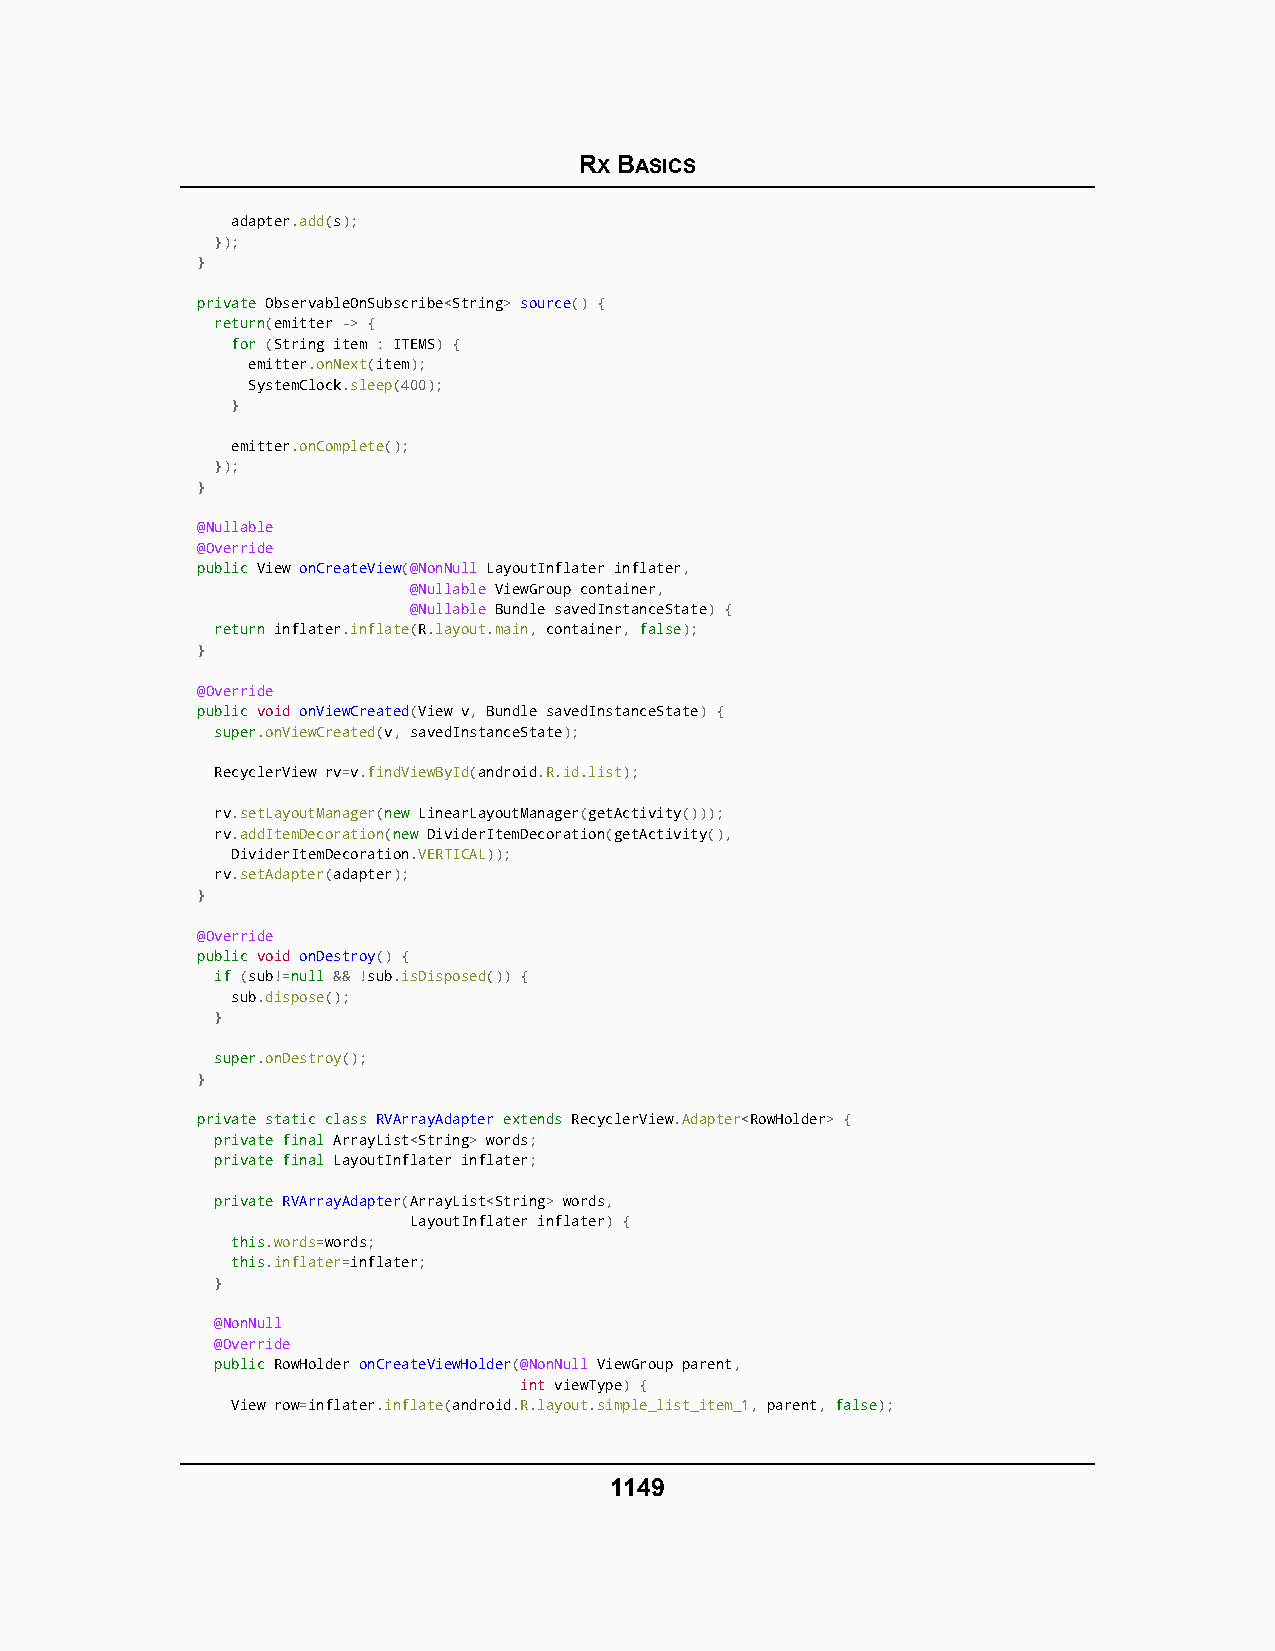
RX BASICS
 adapter.add(s);
 });
 }
 pprriivvaattee ObservableOnSubscribe<String> source() {
 rreettuurrnn(emitter -> {
 ffoorr (String item : ITEMS) {
 emitter.onNext(item);
 SystemClock.sleep(400);
 }
 emitter.onComplete();
 });
 }
 @Nullable
 @Override
 ppuubblliicc View onCreateView(@NonNull LayoutInflater inflater,
 @Nullable ViewGroup container,
 @Nullable Bundle savedInstanceState) {
 rreettuurrnn inflater.inflate(R.layout.main, container, ffaallssee);
 }
 @Override
 ppuubblliicc void onViewCreated(View v, Bundle savedInstanceState) {
 ssuuppeerr.onViewCreated(v, savedInstanceState);
 RecyclerView rv=v.findViewById(android.R.id.list);
 rv.setLayoutManager(nneeww LinearLayoutManager(getActivity()));
 rv.addItemDecoration(nneeww DividerItemDecoration(getActivity(),
 DividerItemDecoration.VERTICAL));
 rv.setAdapter(adapter);
 }
 @Override
 ppuubblliicc void onDestroy() {
 iiff (sub!=nnuullll && !sub.isDisposed()) {
 sub.dispose();
 }
 ssuuppeerr.onDestroy();
 }
 pprriivvaattee ssttaattiicc ccllaassss RRVVAArrrraayyAAddaapptteerr eexxtteennddss RecyclerView.Adapter<RowHolder> {
 pprriivvaattee ffiinnaall ArrayList<String> words;
 pprriivvaattee ffiinnaall LayoutInflater inflater;
 pprriivvaattee RVArrayAdapter(ArrayList<String> words,
 LayoutInflater inflater) {
 tthhiiss.words=words;
 tthhiiss.inflater=inflater;
 }
 @NonNull
 @Override
 ppuubblliicc RowHolder onCreateViewHolder(@NonNull ViewGroup parent,
 int viewType) {
 View row=inflater.inflate(android.R.layout.simple_list_item_1, parent, ffaallssee);
 1149